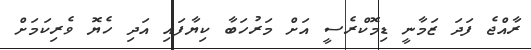
ރާއްޖެ ފަދަ ޒަމާނީ ޑިމޮކްރެސީ އަށް މަރުހަބާ ކިޔާފައި އަދި ހެޔޮ ވެރިކަމަށް